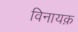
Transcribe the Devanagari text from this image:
विनायक़